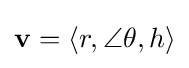
\mathbf {v} =\langle r,\angle \theta ,h\rangle